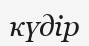
күдір